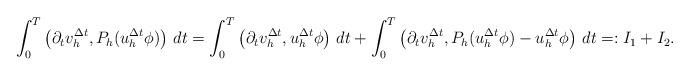
LaTeX: \begin{align*} & \int_{0}^{T}\left(\partial_t v^{\Delta t}_{h},P_h(u^{\Delta t}_{h}\phi)\right)\,dt =\int_{0}^{T}\left(\partial_t v^{\Delta t}_{h},u^{\Delta t}_{h}\phi\right)\,dt +\int_{0}^{T}\left(\partial_t v^{\Delta t}_{h},P_h(u^{\Delta t}_{h}\phi)-u^{\Delta t}_{h}\phi\right)\,dt=:I_1+I_2. \end{align*}